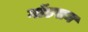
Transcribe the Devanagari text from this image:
गॉडसन